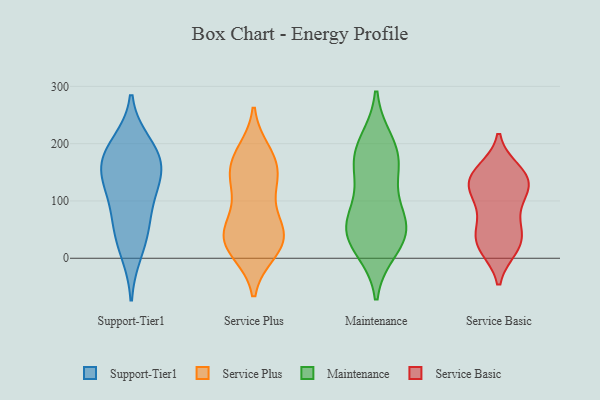
{"axis": {"x": "Operating Costs (USD K)", "y": "Value"}, "legend": ["Maintenance", "Service Basic", "Service Plus", "Support-Tier1"], "data": [{"x": "", "y": 152, "type": "Support-Tier1"}, {"x": "", "y": 186, "type": "Support-Tier1"}, {"x": "", "y": 200, "type": "Support-Tier1"}, {"x": "", "y": 59, "type": "Support-Tier1"}, {"x": "", "y": 53, "type": "Support-Tier1"}, {"x": "", "y": 173, "type": "Support-Tier1"}, {"x": "", "y": 156, "type": "Support-Tier1"}, {"x": "", "y": 125, "type": "Support-Tier1"}, {"x": "", "y": 11, "type": "Support-Tier1"}, {"x": "", "y": 110, "type": "Support-Tier1"}, {"x": "", "y": 135, "type": "Service Plus"}, {"x": "", "y": 50, "type": "Service Plus"}, {"x": "", "y": 160, "type": "Service Plus"}, {"x": "", "y": 184, "type": "Service Plus"}, {"x": "", "y": 28, "type": "Service Plus"}, {"x": "", "y": 41, "type": "Service Plus"}, {"x": "", "y": 176, "type": "Service Plus"}, {"x": "", "y": 28, "type": "Service Plus"}, {"x": "", "y": 53, "type": "Service Plus"}, {"x": "", "y": 57, "type": "Service Plus"}, {"x": "", "y": 118, "type": "Service Plus"}, {"x": "", "y": 14, "type": "Service Plus"}, {"x": "", "y": 165, "type": "Service Plus"}, {"x": "", "y": 12, "type": "Service Plus"}, {"x": "", "y": 125, "type": "Service Plus"}, {"x": "", "y": 200, "type": "Maintenance"}, {"x": "", "y": 43, "type": "Maintenance"}, {"x": "", "y": 163, "type": "Maintenance"}, {"x": "", "y": 53, "type": "Maintenance"}, {"x": "", "y": 54, "type": "Maintenance"}, {"x": "", "y": 94, "type": "Maintenance"}, {"x": "", "y": 162, "type": "Maintenance"}, {"x": "", "y": 182, "type": "Maintenance"}, {"x": "", "y": 46, "type": "Maintenance"}, {"x": "", "y": 19, "type": "Maintenance"}, {"x": "", "y": 114, "type": "Service Basic"}, {"x": "", "y": 67, "type": "Service Basic"}, {"x": "", "y": 154, "type": "Service Basic"}, {"x": "", "y": 126, "type": "Service Basic"}, {"x": "", "y": 17, "type": "Service Basic"}, {"x": "", "y": 38, "type": "Service Basic"}, {"x": "", "y": 146, "type": "Service Basic"}, {"x": "", "y": 148, "type": "Service Basic"}, {"x": "", "y": 137, "type": "Service Basic"}, {"x": "", "y": 39, "type": "Service Basic"}, {"x": "", "y": 108, "type": "Service Basic"}, {"x": "", "y": 19, "type": "Service Basic"}, {"x": "", "y": 138, "type": "Service Basic"}, {"x": "", "y": 106, "type": "Service Basic"}, {"x": "", "y": 57, "type": "Service Basic"}, {"x": "", "y": 18, "type": "Service Basic"}]}